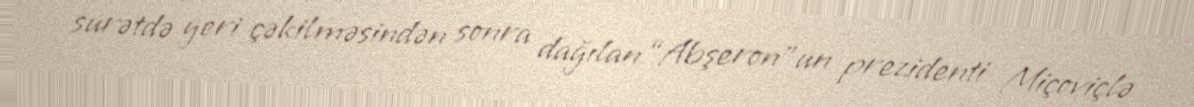
surətdə geri çəkilməsindən sonra dağılan “Abşeron”un prezidenti Miçoviçlə